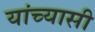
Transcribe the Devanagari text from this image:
यांच्यासी